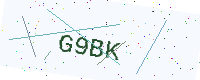
Text: G9BK